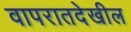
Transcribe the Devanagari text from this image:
वापरातदेखील